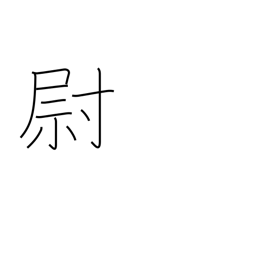
Meaning: old man